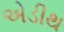
એડીથ